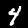
Label: 4